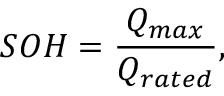
S O H = \frac { Q _ { m a x } } { Q _ { r a t e d } } ,